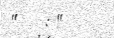
"   : "